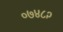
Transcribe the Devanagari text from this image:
०७४८२